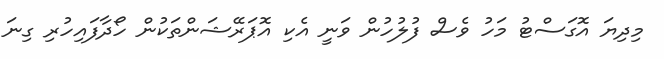
މިދިޔަ އޮގަސްޓު މަހު ވެސް ފުލުހުން ވަނީ އެކި އޮޕަރޭޝަންތަކުން ހޯދާފައިހުރި ގިނަ